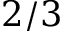
2 / 3